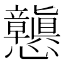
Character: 𭟪